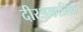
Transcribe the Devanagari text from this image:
दीरअकालिक